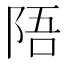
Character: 𫕁